Regulations for the medical services of the Army of India
Year: 1930
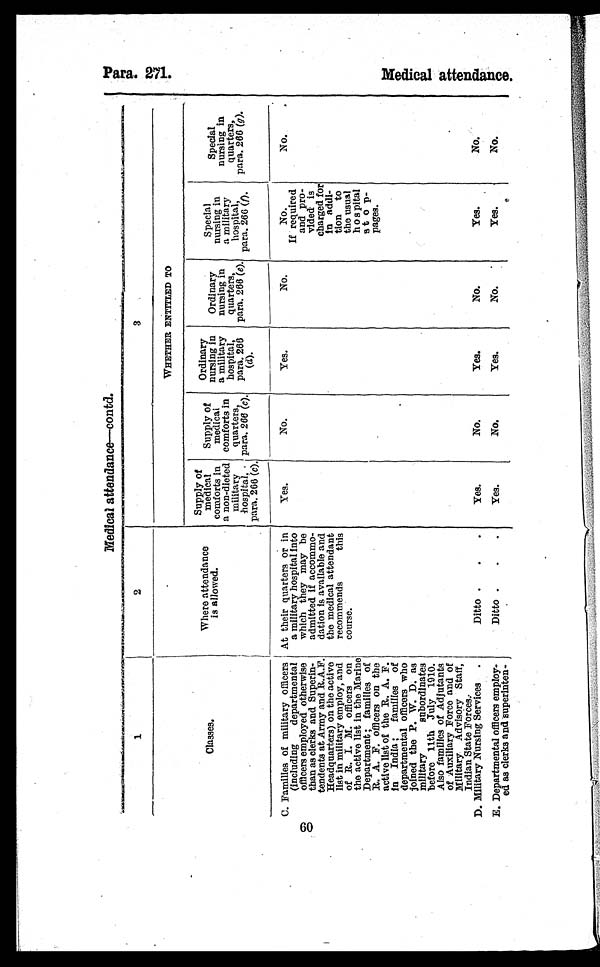
1.
Medical attendance—contd.
1
2
3
Classes.
Where attendance
is allowed.
WHETHER ENTITLED TO
Supply of
medical
comforts in
a non-dieted
military
hospital,
para. 266 (c).
Supply of
medi cal comfort s i n
quarters,
para. 266 (c).
Ordinary
nursing in
a military
hospital,
para 266
(d).
Ordinary
nursing in
quarters,
para. 266 (e).
Special
nursing in
a mi l i t ar y hos pi t al , par a. 266 ( f
).
Special
nursing in
quarters,
para. 266 (g).
C. Families of military officers
(including departmental
officers employed otherwise
than as clerks and Superin
¬tendents at Army and R.A.F.
Headquarters) on the active
list in military employ, and
of R. I. M. officers on
the active list in the Marine
Department; families of
R. A. F. officers on the
active list of the R. A. F.
in India; families of
departmental officers who
joined the P. W. D. as
military subordinates
before 11th July 1910.
Also families of Adjutants
of Auxiliary Force and of
Military Advisory Staff,
Indian State Forces.
At their quarters or in
a military hospital into
which they may be
admitted if accommo
¬dation is available and
the medical attendant
recommends this
course.
Yes.
No.
Yes.
No.
No.
If required
and pro
¬vided is
charged for
in addi
¬tion to
the usual
hospital
stop
¬ p a g e s .
No.
D. Military Nursing Services .
Ditto .
.
.
Yes.
No.
Yes.
No.
Yes.
No.
E. Departmental officers employ
¬ed as clerks and superinten¬
Ditto .
.
.
Yes.
No.
Yes.
No.
Yes.
No.